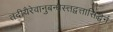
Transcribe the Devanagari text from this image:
तदीयैरेवानुबन्धैस्त्तद्वत्तासिद्धेर्न